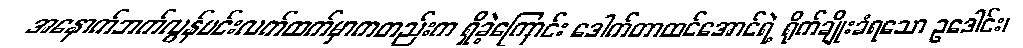
အနောက်ဘက်လွန်မင်းလက်ထက်မှာကတည်းက ရှိခဲ့ကြောင်း ဒေါက်တာထင်အောင်ရဲ့ ရိုက်ချိုးခံရသော ဥဒေါင်း၊